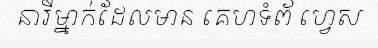
នារីម្នាក់ដែលមាន គេហទំព័ ហ្វេស